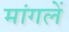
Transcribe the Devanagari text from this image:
मांगलें